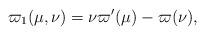
LaTeX: \begin{align*} \varpi_1(\mu, \nu) = \nu \varpi'(\mu)-\varpi(\nu), \end{align*}